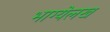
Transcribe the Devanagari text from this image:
भाग्येलख